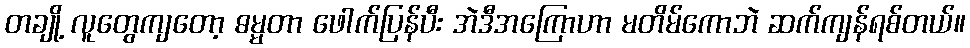
တချို့ လူတွေကျတော့ ဓမ္မတာ ဖေါက်ပြန်ပီး အဲဒီအကြောဟာ မတိမ်ကောဘဲ ဆက်ကျန်ရစ်တယ်။